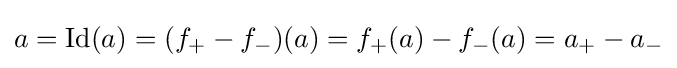
a=\operatorname {Id} (a)=(f_{+}-f_{-})(a)=f_{+}(a)-f_{-}(a)=a_{+}-a_{-}